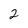
Character: 2